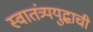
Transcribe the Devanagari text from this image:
स्वातंत्र्ययुद्धाची